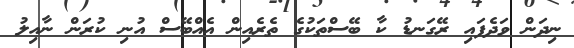
ނިދަން ވަދެފައި ރޭގަނޑު ކާ ބޭސްތަކުގެ ތެރެއިން އެއްބޭސް އުނި ކުރަން ނާއިލު